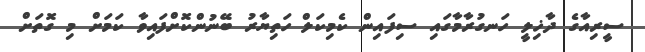
ސީރިއާގެ ދާޚިލީ ހަނގުރާމާގައި ސިފައިން ކެމިކަލް ހަތިޔާރު ބޭނުންކޮށްފައިވާ ކަމަށް މި ގޮތަށް